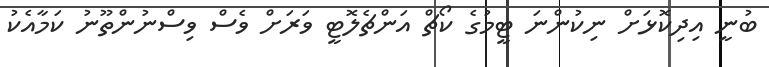
ބުނީ އިދިކޮޅަށް ނިކުންނަ ޓީމުގެ ކޯޗް އަންޗެލޮޓީ ވަރަށް ވެސް ވިސްނުންތޫނު ކަމާއެކު